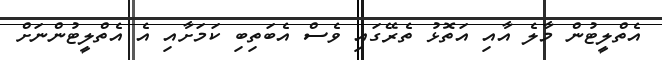
އެތްލީޓުން މާލެ އާއި އަތޮޅު ތެރޭގައި ވެސް އެބަތިބި ކަމަށާއި އެ އެތްލީޓުންނަށް